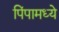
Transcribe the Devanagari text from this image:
पिंपामध्ये